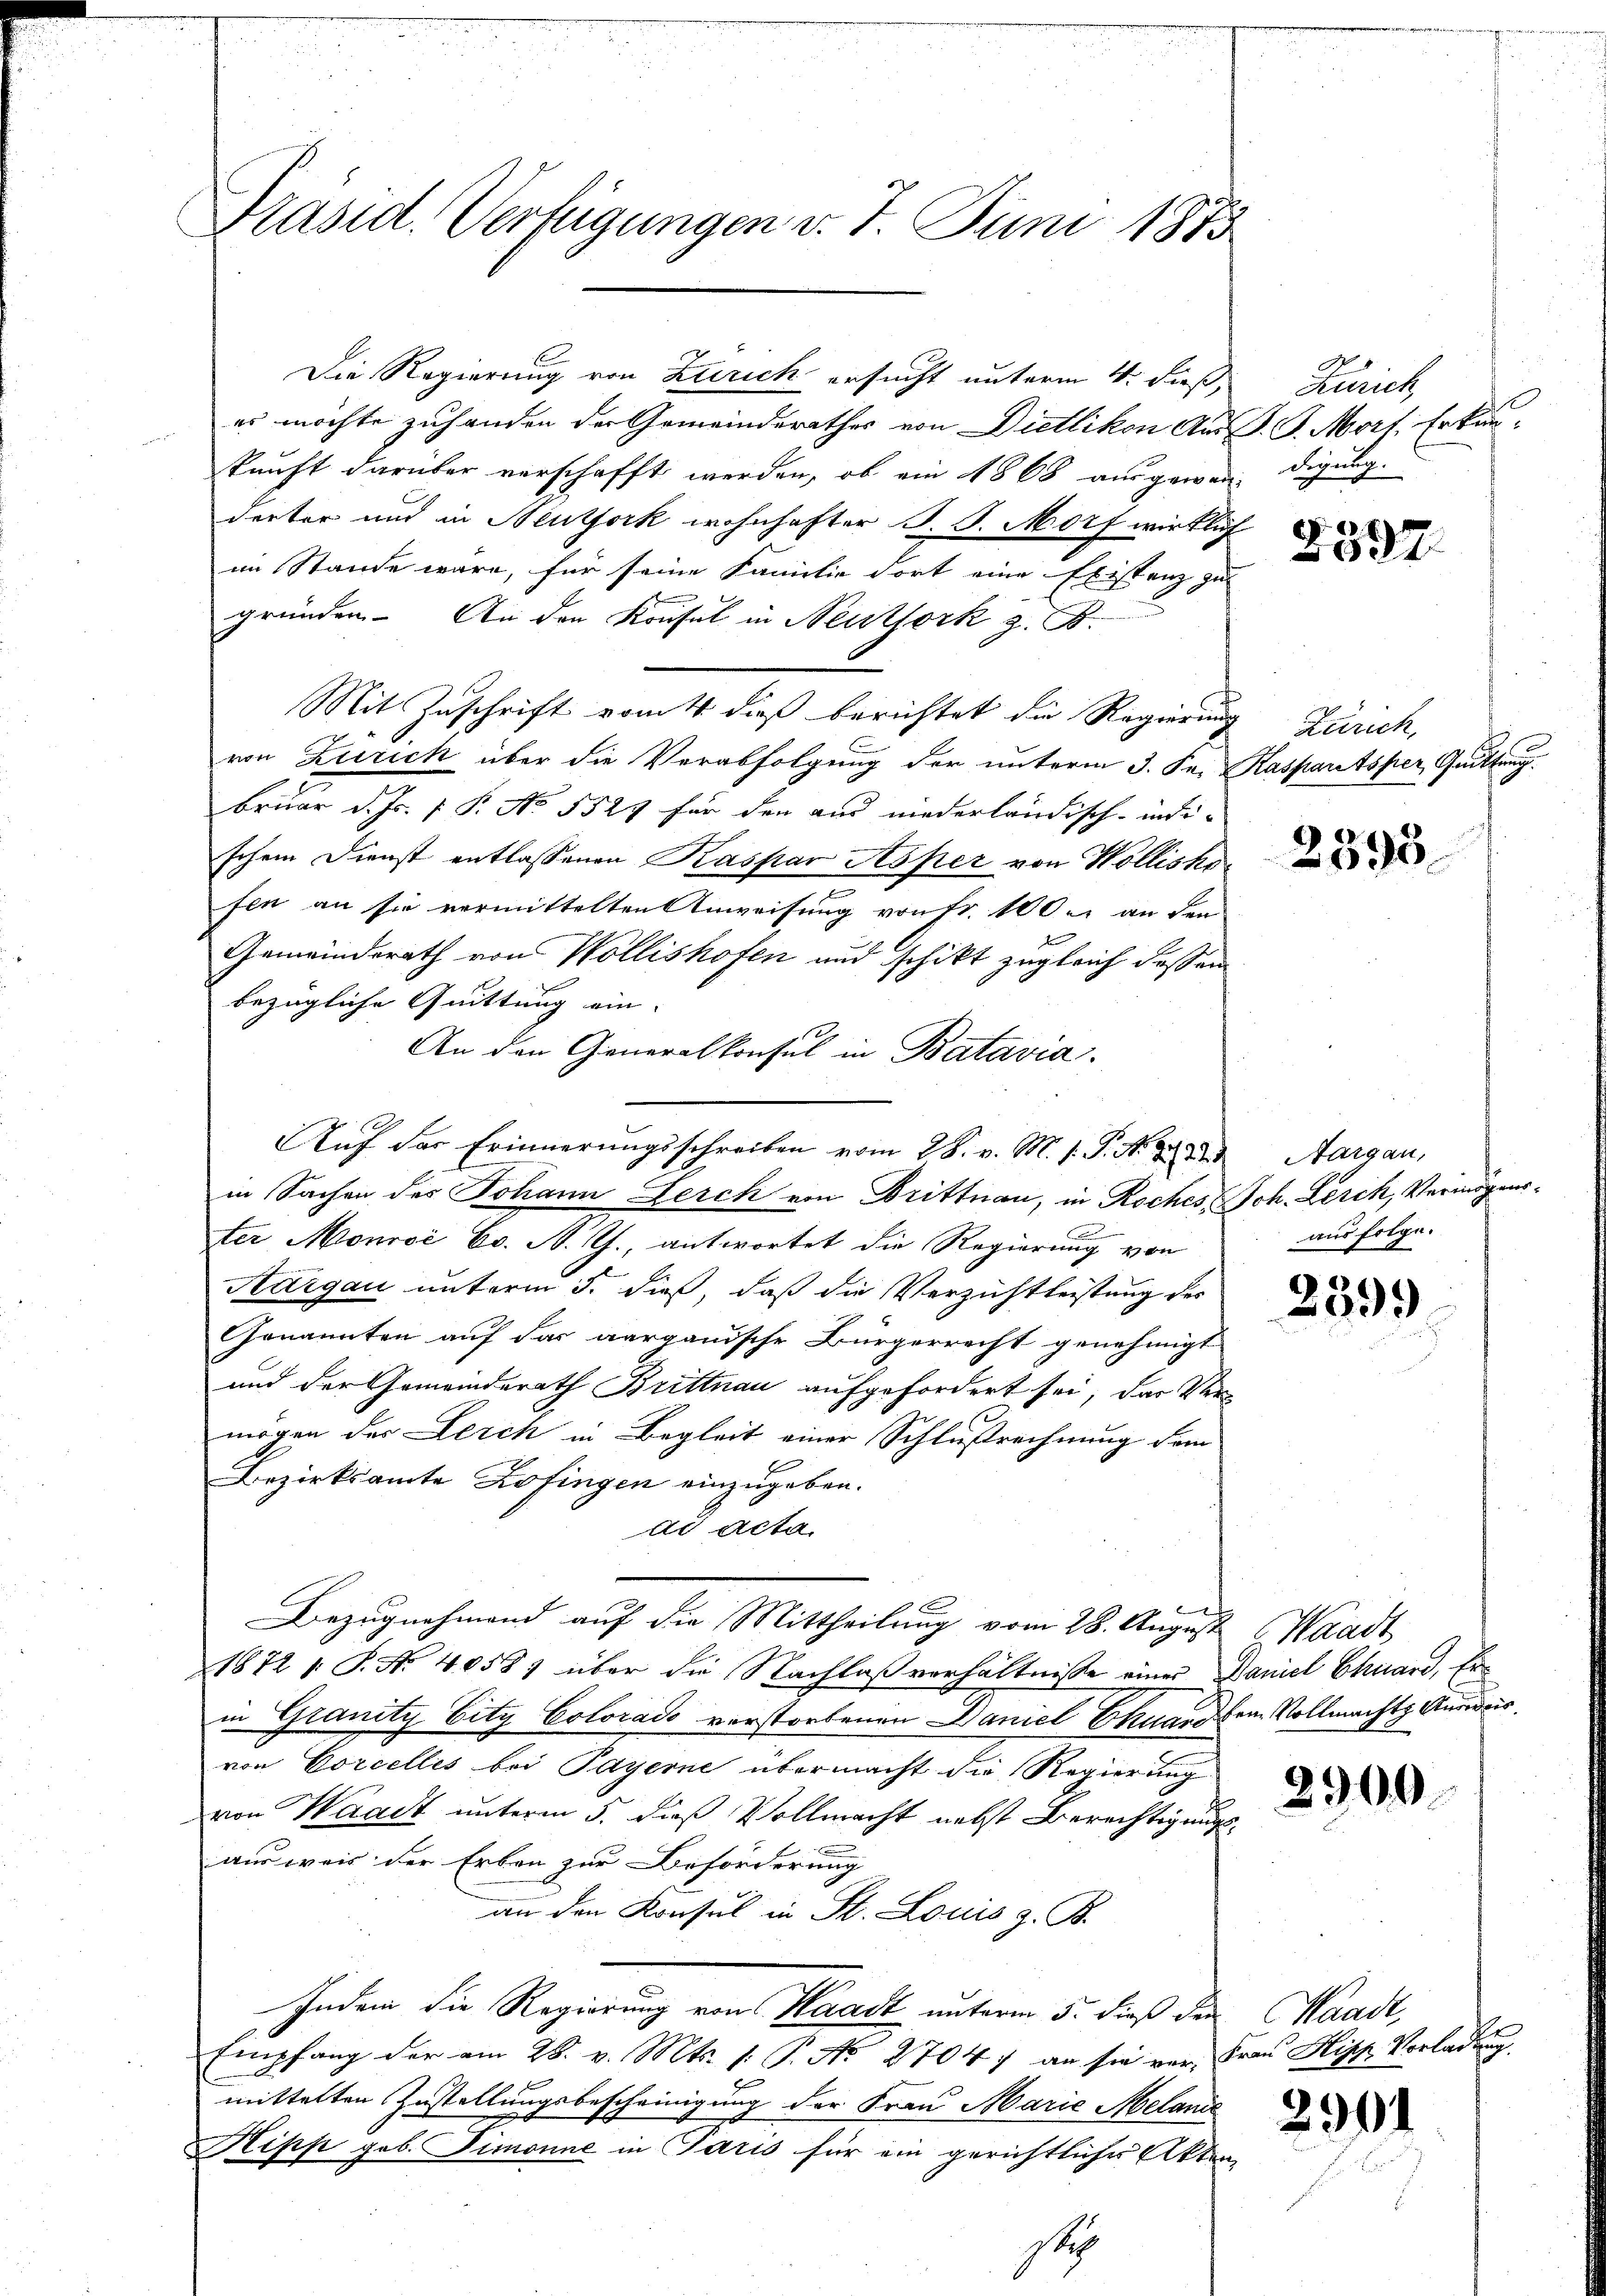
Präsid. Vertigungen v. 7. Juni 1873

es möchte zuhanden der Gemeinderathes von Dietlikon Aus G. P. Morf. Erkun-
kunft darüber verschafft werden, ob ain 1868 ausgewendigung.
derter und in Neutjork wohnhafter B. S. Morf wirklich
im Stande wäre, für seine Familie dort eine Existenz zu
gründen. An den Konsul in Neuthork z. B.
Mit Zuschrift vom 4 dieß berichtet die Regierung Zürich,
von Zürich über die Verabfolgung der unterm 3. Fr. Kasparitsper, Quittung
bruar d. Js. f. P. No. 5527 für den aus niederländisch-indi-
schem Dienst entlassenen Kaspar Asper von Wolliskofen an sie vermittelten Anweisung von Fr. 100. an den
Gemeindsrath von Wollishofen und schikt zugleich dassen
bezügliche Quittung ein- |
An den Generalkonsul in Batavia.
Auf der Erinnerungsschreiben vom 28. v. M. s. P. N. 28. 32
in Sachen des Johann Leich von Drittnau, in Roches Joh. Lerch, Vermögenster Monroć Cc. A. J., antwortet die Regierung von
Aargau unterm 5. dieß, daß die Verzichtleistung des
Genannten auf das aargauische Bürgerrecht genehmigt
und der Gemeinderath Brittnau aufgefordert sei, das Vermögen der Lerch in Begleit einer Schlußrechnung dem
Bezirksamte Zofingen einzugeben.
ad acta
r
Bezugnahmend auf die Mittheilung vom 28. August Waadt
1872 s. S. N. 4058) über die Nachlaßverhältnisse einer Daniel Chuard, Erin Granity City Colorado verstorbenen Daniel Ehuard bene Vollmachtz Auswurvon Corcelles bei Payerne übermacht die Regierung
von Waadt unterm 5. dieß Vollmacht nebst Berechtigungsausweis der Erben zur Beförderung
an den Konsul in St. Louis z. B.
Indem die Regierung von Waadt unterm 5. dieß der Waadt,
Empfang der am 28. v. Mts. 1. P. Nr. 27047 an sie vor Fraŭ Hisp. Vorladung
mittelten Zustellungsbescheinigung der Frau Marie Melani
Hipp geb. Simonne in Paris für ein gerichtliches Akten
sti

Die Regierung von Zürich ersucht unterm 4. dieß,

Zürich,

2597.

2395

Aargau,
aus folge.

259.

2900.

2901